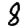
Digit: 8